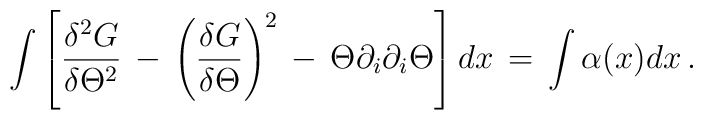
\int \left[ {\delta^2 G\over \delta \Theta^2}\, -\, \left({\delta G\over \delta \Theta}\right)^2\, -\, \Theta \partial_i \partial_i \Theta \right] dx\, =\, \int \alpha (x) dx\, .